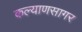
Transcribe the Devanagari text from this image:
कल्याणसागर